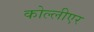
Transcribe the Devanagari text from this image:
कोल्लीएर